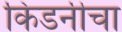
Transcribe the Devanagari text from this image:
किडनीचा